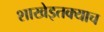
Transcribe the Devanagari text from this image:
शाखेइतक्याच